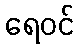
ရေဝင်